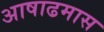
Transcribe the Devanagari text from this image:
अाषाढमास